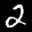
Label: 2